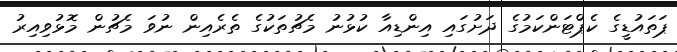
ޕަތައުޑީގެ ކެޕްޓަންކަމުގެ ދަށުގައި އިންޑިއާ ކުޅުނު މެޗުތަކުގެ ތެރެއިން ނުވަ މެޗުން މޮޅުވިއިރު